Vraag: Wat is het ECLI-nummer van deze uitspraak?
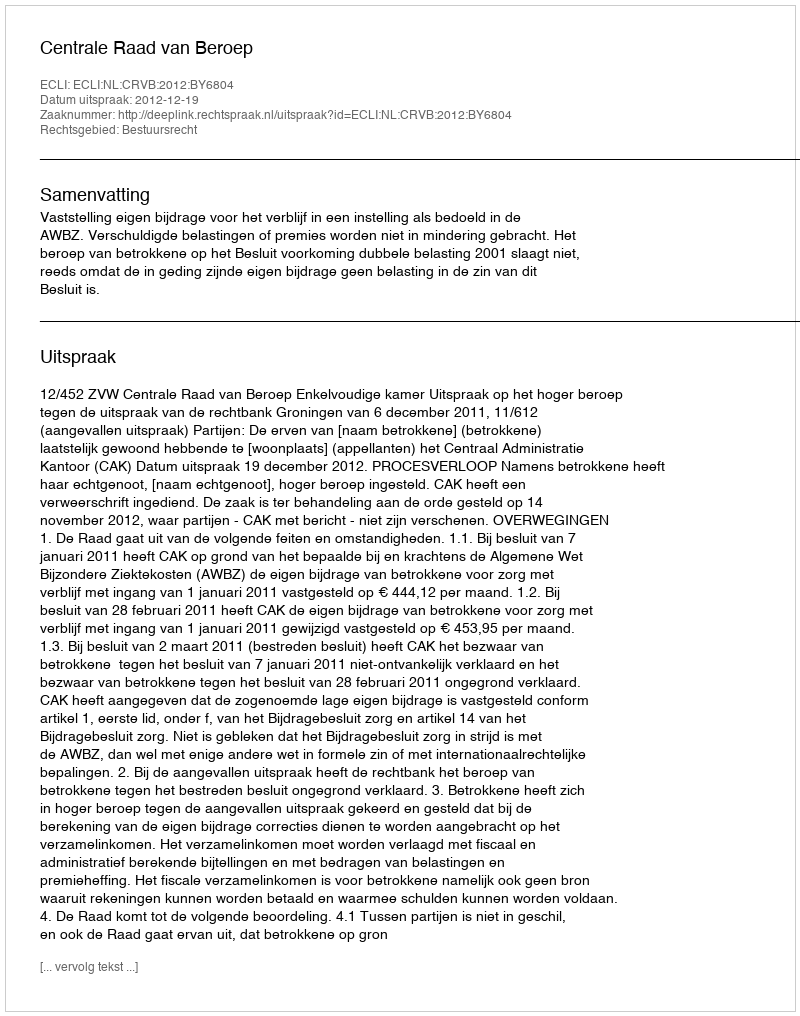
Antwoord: ECLI:NL:CRVB:2012:BY6804